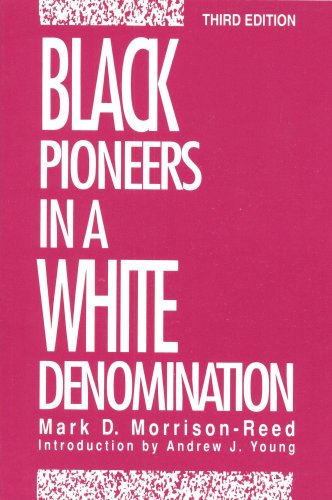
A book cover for Black Pioneers in a White Denomination; Mark D. Morrison-Reed; Religion & Spirituality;